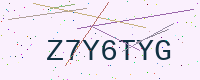
Text: Z7Y6TYG